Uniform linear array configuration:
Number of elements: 4
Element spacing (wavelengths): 0.75
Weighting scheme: hamming
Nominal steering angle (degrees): -60
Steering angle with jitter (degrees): -58.681
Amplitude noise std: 0.05
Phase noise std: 0.05

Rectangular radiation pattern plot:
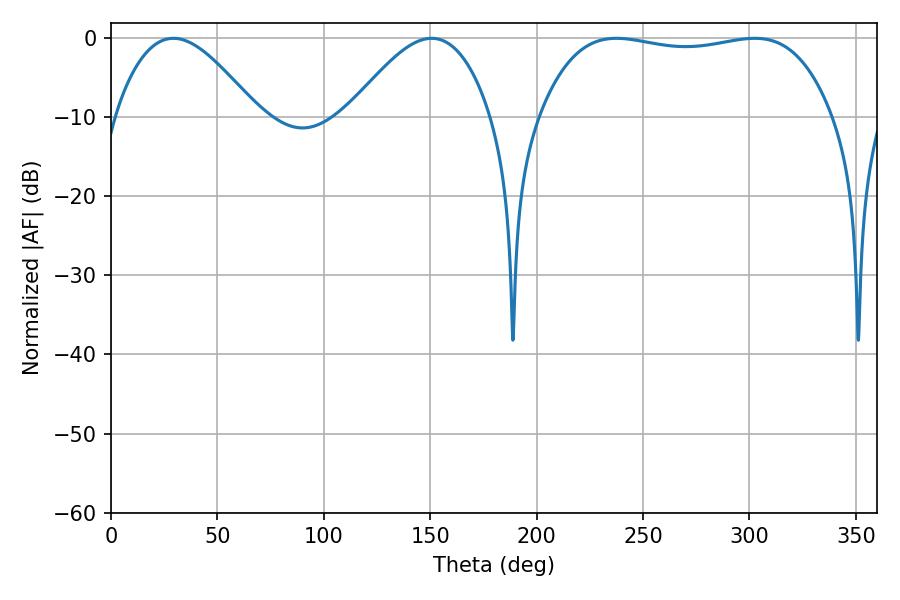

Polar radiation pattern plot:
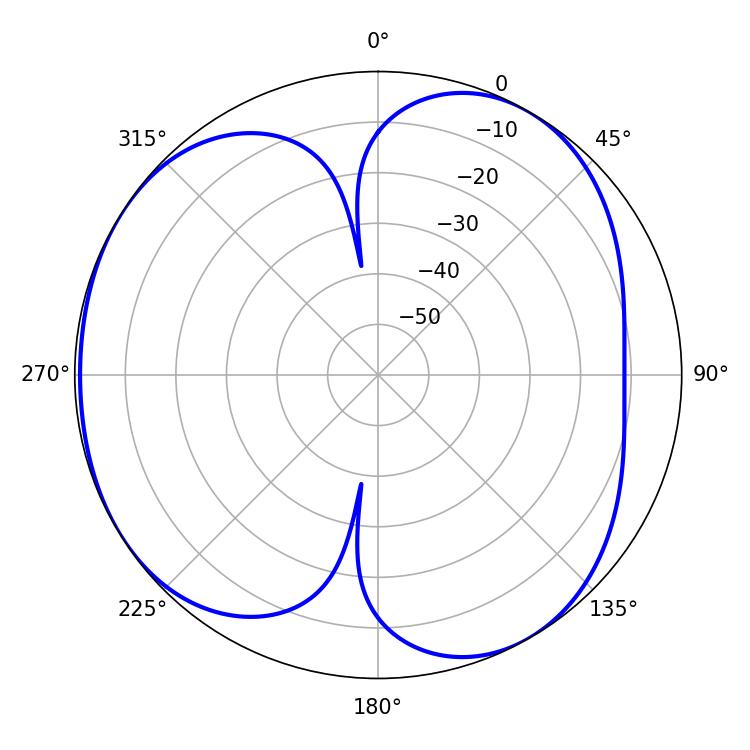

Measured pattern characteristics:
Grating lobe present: TRUE
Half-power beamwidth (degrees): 36
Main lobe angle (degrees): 29.34